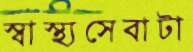
স্বাস্থ্যসেবাটা